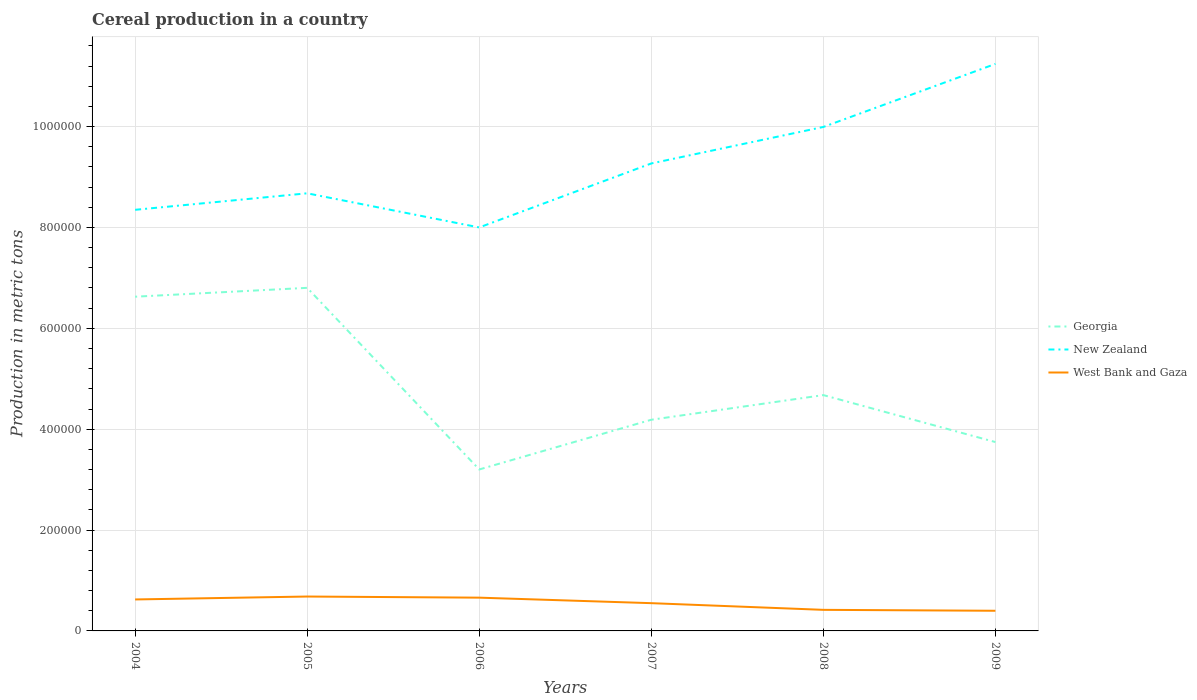
| Years | Georgia | New Zealand | West Bank and Gaza |
 | --- | --- | --- | --- |
 | 2004 | 6.63e+05 | 8.35e+05 | 6.24e+04 |
 | 2005 | 6.8e+05 | 8.68e+05 | 6.82e+04 |
 | 2006 | 3.2e+05 | 8e+05 | 6.6e+04 |
 | 2007 | 4.19e+05 | 9.27e+05 | 5.5e+04 |
 | 2008 | 4.68e+05 | 9.99e+05 | 4.18e+04 |
 | 2009 | 3.74e+05 | 1.12e+06 | 4e+04 |